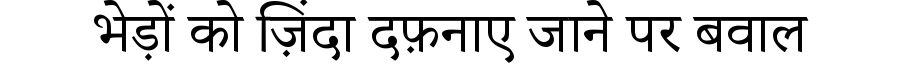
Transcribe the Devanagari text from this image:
भेड़ों को ज़िंदा दफ़नाए जाने पर बवाल